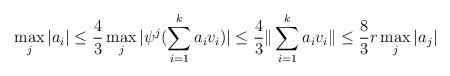
LaTeX: \begin{align*}\max_j|a_i|\le\frac43 \max_j|\psi^j(\sum_{i=1}^k a_i v_i)|\le\frac43\|\sum_{i=1}^k a_i v_i\|\le\frac83r\max_j|a_j|\end{align*}